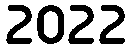
2022